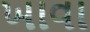
ખાવા